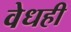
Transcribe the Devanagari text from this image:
वेधही